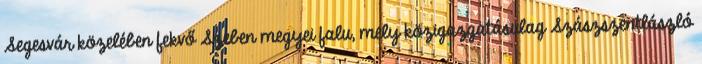
Segesvár közelében fekvő Szeben megyei falu, mely közigazgatásulag Szászszentlászló